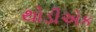
થોડીએક